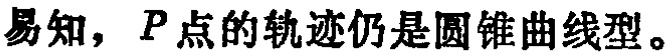
易知，\(P\)点的轨迹仍是圆锥曲线型。